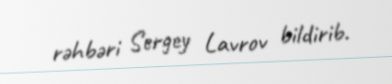
rəhbəri Sergey Lavrov bildirib.